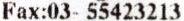
FAX:03- 55423213